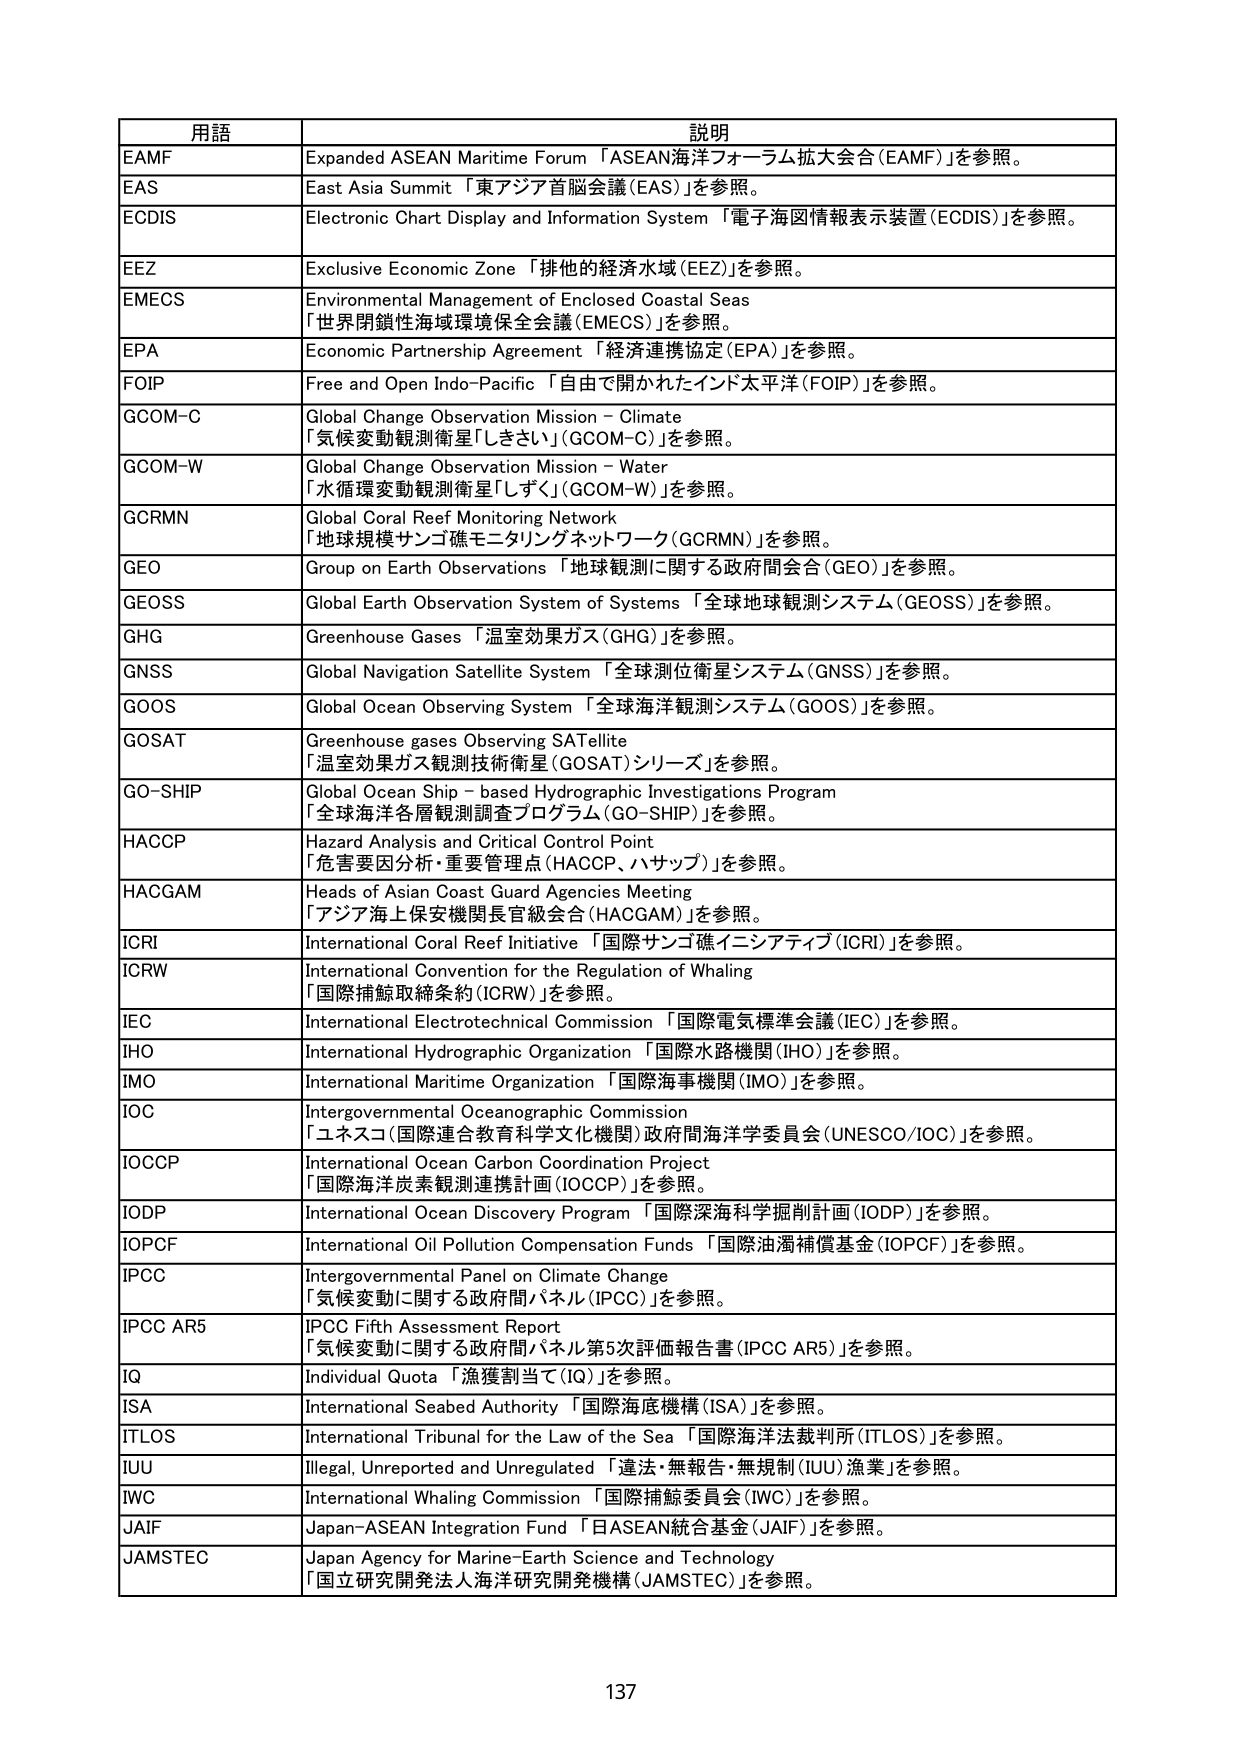
用語 説明
EAMF Expanded ASEAN Maritime Forum 「ASEAN海洋フォーラム拡大会合 (EAMF)」を参照。
EAS East Asia Summit 「東アジア首脳会議 (EAS)」を参照。
EODIS Electronic Chart Display and Information System 「電子海図情報表示装置 (ECDIS)」を参照。
EEZ Exclusive Economic Zone 「排他的経済水域 (EEZ)」を参照。
EMECS Environmental Management of Enclosed Coastal Seas 「世界閉鎖性海域環境保全会議 (EMECS)」を参照。
EPA Economic Partnership Agreement 「経済連携協定 (EPA)」を参照。
FOIP Free and Open Indo-Pacific 「自由で開かれたインド太平洋 (FOIP)」を参照。
GCOM-C Global Change Observation Mission – Climate 「気候変動観測衛星「しきさい」(GCOM-C)」を参照。
GCOM-W Global Change Observation Mission – Water 「水循環変動観測衛星「しずく」(GCOM-W)」を参照。
GCRMN Global Coral Reef Monitoring Network 「地球規模サンゴ礁モニタリングネットワーク (GCRMN)」を参照。
GEO Group on Earth Observations 「地球観測に関する政府間会合 (GEO)」を参照。
GEOSS Global Earth Observation System of Systems 「全球地球観測システム (GEOSS)」を参照。
GHG Greenhouse Gases 「温室効果ガス (GHG)」を参照。
GNSS Global Navigation Satellite System 「全球測位衛星システム (GNSS)」を参照。
GOOS Global Ocean Observing System 「全球海洋観測システム (GOOS)」を参照。
GOSAT Greenhouse gases Observing SATELITE 「温室効果ガス観測技術衛星 (GOSAT) シリーズ」を参照。
GO-SHIP Global Ocean Ship – based Hydrographic Investigations Program 「全球海洋各層観測調査プログラム (GO-SHIP)」を参照。
HACCP Hazard Analysis and Critical Control Point 「危害要因分析・重要管理点 (HACCP、ハサップ)」を参照。
HACGAM Heads of Asian Coast Guard Agencies Meeting 「アジア海上保安機関長官級会合 (HACGAM)」を参照。
ICRI International Coral Reef Initiative 「国際サンゴ礁イニシアティブ (ICRI)」を参照。
ICRW International Convention for the Regulation of Whaling 「国際捕鯨取締条約 (ICRW)」を参照。
IEC International Electrotechnical Commission 「国際電気標準会議 (IEC)」を参照。
IHO International Hydrographic Organization 「国際水路機関 (IHO)」を参照。
IMO International Maritime Organization 「国際海事機関 (IMO)」を参照。
IOC Intergovernmental Oceanographic Commission 「ユネスコ(国際連合教育科学文化機関)政府間海洋学委員会 (UNESCO/IOC)」を参照。
IOCCP International Ocean Carbon Coordination Project 「国際海洋炭素観測連携計画 (IOCCP)」を参照。
IODP International Ocean Discovery Program 「国際深海科学掘削計画 (IODP)」を参照。
IOPCF International Oil Pollution Compensation Funds 「国際油濁補償基金 (IOPCF)」を参照。
IPCC Intergovernmental Panel on Climate Change 「気候変動に関する政府間パネル (IPCC)」を参照。
IPCC AR5 IPCC Fifth Assessment Report 「気候変動に関する政府間パネル第5次評価報告書 (IPCC AR5)」を参照。
IQ Individual Quota 「漁獲割当て (IQ)」を参照。
ISA International Seabed Authority 「国際海底機構 (ISA)」を参照。
ITLOS International Tribunal for the Law of the Sea 「国際海洋法裁判所 (ITLOS)」を参照。
IUU Illegal, Unreported and Unregulated 「違法・無報告・無規制 (IUU) 漁業」を参照。
IWC International Whaling Commission 「国際捕鯨委員会 (IWC)」を参照。
JAIF Japan–ASEAN Integration Fund 「日ASEAN統合基金 (JAIF)」を参照。
JAMSTEC Japan Agency for Marine–Earth Science and Technology 「国立研究開発法人海洋研究開発機構 (JAMSTEC)」を参照。
137